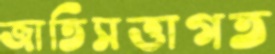
জাতিসত্তাগত